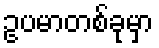
ဥပမာတစ်ခုမှာ